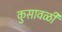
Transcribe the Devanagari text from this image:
कुसावळी